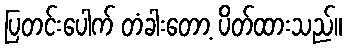
ပြတင်းပေါက် တံခါးတော့ ပိတ်ထားသည်။